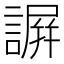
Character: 𧫮